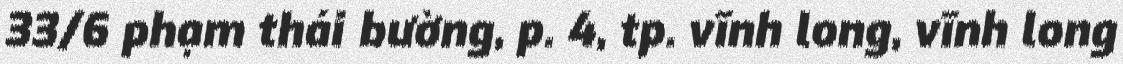
33/6 phạm thái bường, p. 4, tp. vĩnh long, vĩnh long